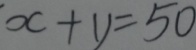
x + y = 5 0